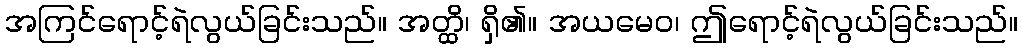
အကြင်ရောင့်ရဲလွယ်ခြင်းသည်။ အတ္ထိ၊ ရှိ၏။ အယမေဝ၊ ဤရောင့်ရဲလွယ်ခြင်းသည်။